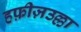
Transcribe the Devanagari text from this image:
हफ़ीज़उल्ला